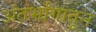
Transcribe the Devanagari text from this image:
अंतर्भागातून